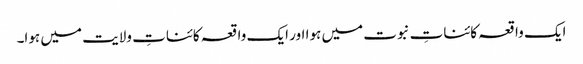
ایک واقعہ کائناتِ نبوت میں ہوا اور ایک واقعہ کائناتِ ولایت میں ہوا۔